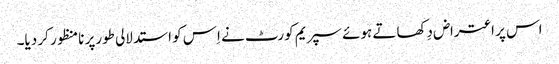
اس پر اعتراض دِکھاتے ہوئے سپریم کورٹ نے اِس کو استدلالی طورپر نامنظور کر دیا۔